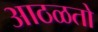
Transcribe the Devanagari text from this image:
आठळतो